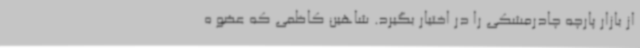
از بازار پارچه چادر‌مشکی را در اختیار بگیرد. شاهین کاظمی که عضو ه